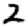
Digit: 2